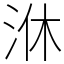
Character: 㳜